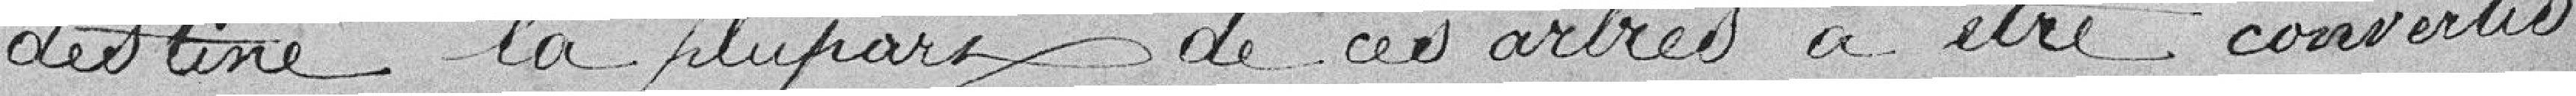
destiné la plupart de ces arbres à être convertis